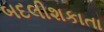
બદલીશકાતા